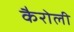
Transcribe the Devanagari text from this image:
कैरोली